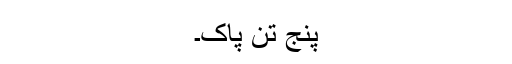
پنج تن پاک۔